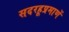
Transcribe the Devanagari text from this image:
सदरहूप्रमाणें